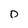
Character: 0